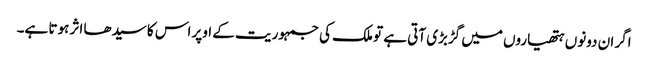
اگر ان دونوں ہتھیاروں میں گڑبڑی آتی ہے تو ملک کی جمہوریت کے اوپر اس کا سیدھا اثر ہوتا ہے۔